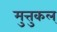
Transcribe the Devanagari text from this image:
मुत्तुकल्